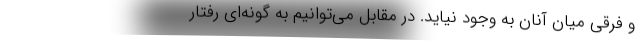
و فرقی میان آنان به وجود نیاید. در مقابل می‌توانیم به گونه‌ای رفتار